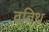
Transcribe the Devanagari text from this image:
दविथ्